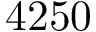
4 2 5 0